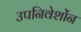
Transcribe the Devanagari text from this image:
उपनिवेशोंन